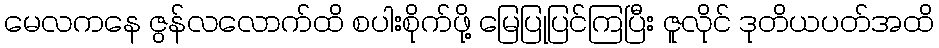
မေလကနေ ဇွန်လလောက်ထိ စပါးစိုက်ဖို့ မြေပြုပြင်ကြပြီး ဇူလိုင် ဒုတိယပတ်အထိ